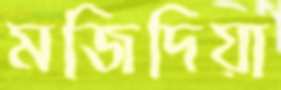
মজিদিয়া